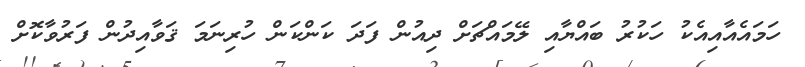
ހަމައެއާއިއެކު ހަކުރު ބައްޔާއި ލޭމައްޗަށް ދިއުން ފަދަ ކަންކަން ހުރިނަމަ ޤަވާއިދުން ފަރުވާކޮށް